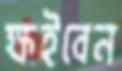
ক্ষইবেন